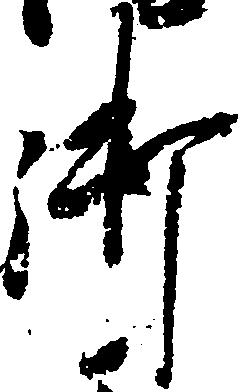
御